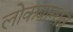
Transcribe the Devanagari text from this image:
लोकबान्धव